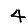
Digit: 4